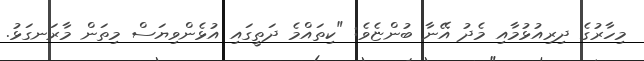
މިހާރުގެ ދިރިއުޅުމާއި މެދު އޭނާ ބުންޏެވެ: "ކިތައްމެ ދަތީގައި އުޅެންވިޔަސް މިތަން މާރަނގަޅު.